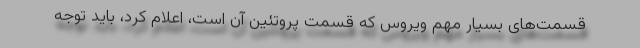
قسمت‌های بسیار مهم ویروس که قسمت پروتئین آن است، اعلام کرد، باید توجه